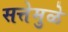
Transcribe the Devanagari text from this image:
सत्तेमुळे